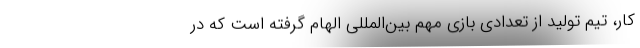
کار، تیم تولید از تعدادی بازی مهم بین‌المللی الهام گرفته است که در